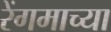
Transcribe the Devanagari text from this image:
रेंगमाच्या